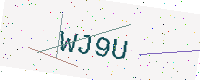
Text: WJ9U